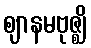
ဈာနမဗုဇ္ဈိ